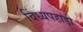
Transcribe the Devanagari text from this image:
विंध्यपहाड़ी